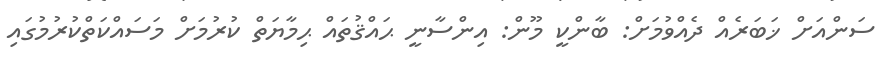
ސަންއަށް ޚަބަރެއް ދެއްވުމަށް: ބާންކީ މޫން: އިންސާނީ ޙައްޤުތައް ޙިމާޔަތް ކުރުމަށް މަސައްކަތްކުރުމުގައި